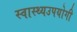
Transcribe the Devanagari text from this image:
स्वास्थ्यउपयोगी